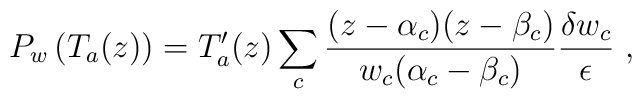
P_w\left( T_a(z)\right) =T'_a(z)\sum_c\frac{(z-\alpha _c)(z-\beta _c)}{w_c(\alpha _c-\beta _c)}\frac{\delta w_c}{\epsilon }\ ,